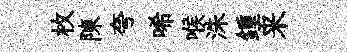
枚陳夸唏喉洙鍾来